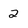
Character: 2